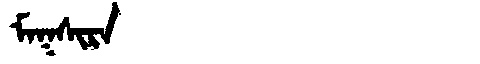
Manchu: ᠮᠠᡴᠰᡳᡵᠠ
Romanization: MAKSIRA